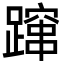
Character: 蹿